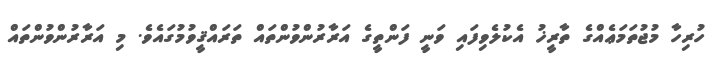
ހުރިހާ މުޖުތަމަޢެއްގެ ތާރީޚު އެކުލެވިފައި ވަނީ ފަންތީގެ އަރާރުންވުންތައް ތަރައްޤީވުމުގައެވެ. މި އަރާރުންވުންތައް